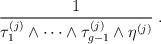
\begin{align*}{1 \over \tau^{(j)}_1\wedge\cdots\wedge\tau^{(j)}_{g-1}\wedge\eta^{(j)}}\;.\end{align*}